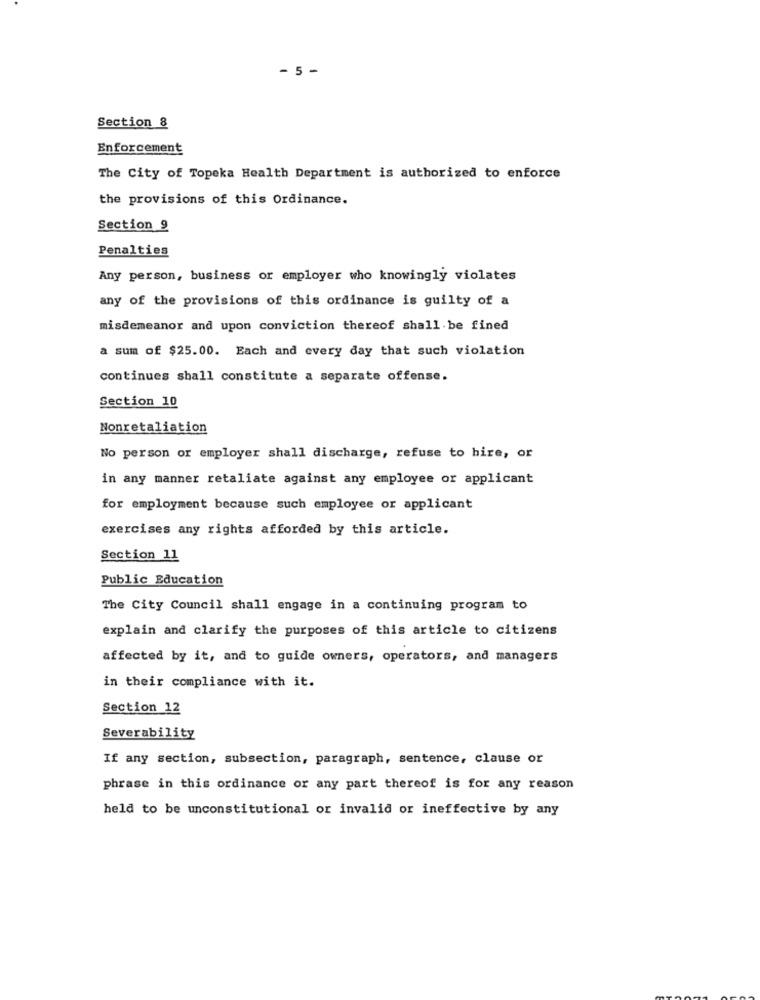
- 5 -
Section 8
Enforcement
The City of Topeka Health Department is authorized to enforce
the provisions of this Ordinance.
Section 9
Penalties
Any person, business or employer who knowingly violates
any of the provisions of this ordinance is guilty of a
misdemeanor and upon conviction thereof shall be fined
a sum of $25.00. Each and every day that such violation
continues shall constitute a separate offense.
Section 10
Nonretaliation
No person or employer shall discharge, refuse to hire, or
in any manner retaliate against any employee or applicant
for employment because such employee or applicant
exercises any rights afforded by this article.
Section 11
Public Education
The City Council shall engage in a continuing program to
explain and clarify the purposes of this article to citizens
affected by it, and to guide owners, operators, and managers
in their compliance with it.
Section 12
Severability
If any section, subsection, paragraph, sentence, clause or
phrase in this ordinance or any part thereof is for any reason
held to be unconstitutional or invalid or ineffective by any